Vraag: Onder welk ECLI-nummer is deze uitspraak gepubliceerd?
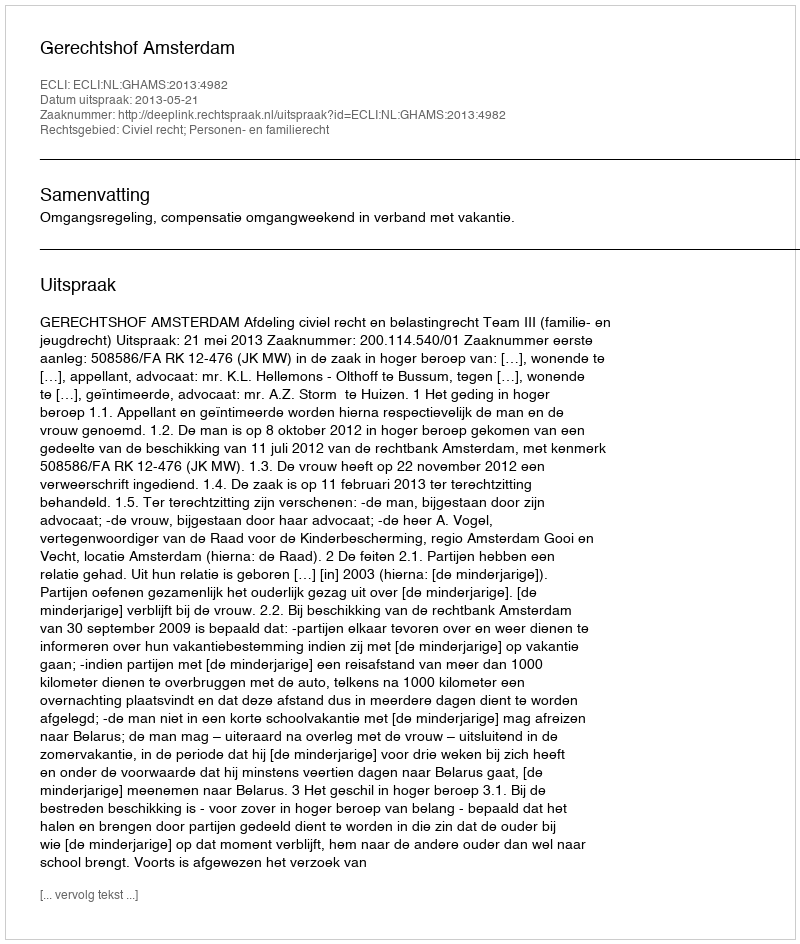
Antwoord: ECLI:NL:GHAMS:2013:4982